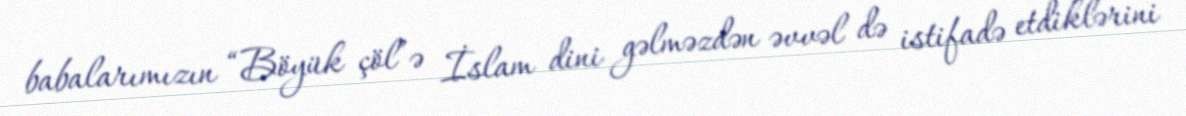
babalarımızın “Böyük çöl”ə İslam dini gəlməzdən əvvəl də istifadə etdiklərini